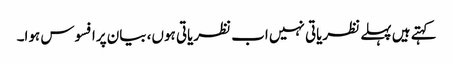
کہتے ہیں پہلے نظریاتی نہیں اب نظریاتی ہوں، بیان پرافسوس ہوا۔